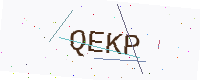
Text: QEKP